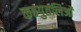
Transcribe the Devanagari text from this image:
कठपुतलिओं